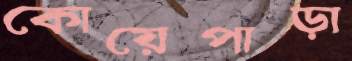
কোয়েপাড়া